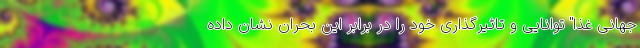
جهانی غذا" توانایی و تاثیرگذاری خود را در برابر این بحران نشان داده